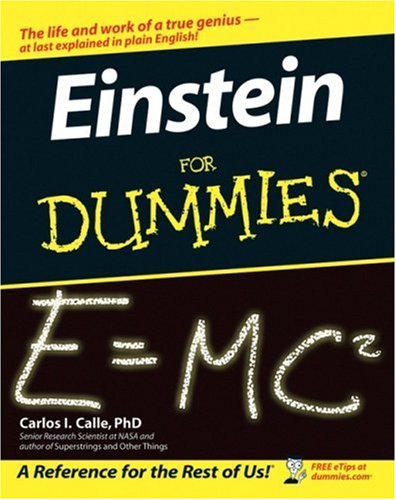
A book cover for Einstein For Dummies; Carlos I. Calle; Science & Math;